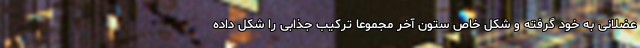
عضلانی به خود گرفته و شکل خاص ستون آخر مجموعا ترکیب جذابی را شکل داده